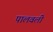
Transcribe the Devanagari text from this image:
पालवली